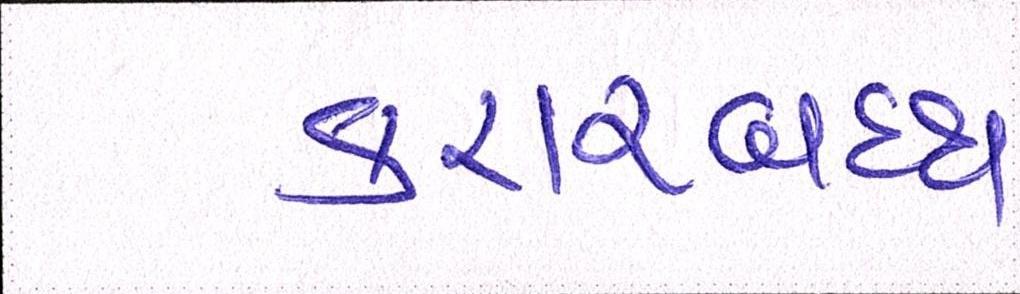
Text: કરારબદ્ધ